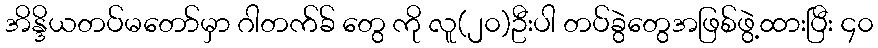
အိန္ဒိယတပ်မတော်မှာ ဂါတက်ခ် တွေ ကို လူ(၂၀)ဦးပါ တပ်ခွဲတွေအဖြစ်ဖွဲ့ထားပြီး ၄၀